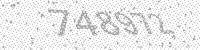
Solution: 748972